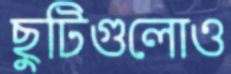
ছুটিগুলোও